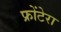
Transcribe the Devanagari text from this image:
फ्रोंटेरा